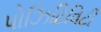
પોઝિટિવિટી